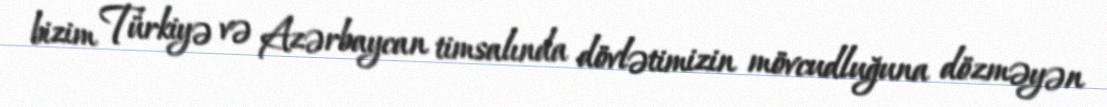
bizim Türkiyə və Azərbaycan timsalında dövlətimizin mövcudluğuna dözməyən